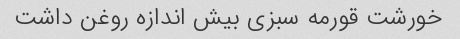
خورشت قورمه سبزی بیش اندازه روغن داشت